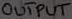
Text: OUTPUT